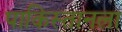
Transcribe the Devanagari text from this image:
पाकिस्तानला